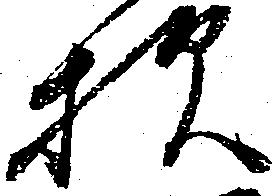
様